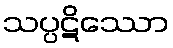
သပ္ပဋိဿော